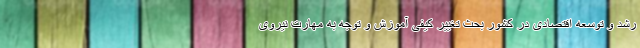
رشد و توسعه اقتصادی در کشور بحث تغییر کیفی آموزش و توجه به مهارت نیروی